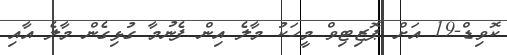
ކޮވިޑް-19 އަށް ޕޮޒިޓިވް މީހަކު މާލެ އިން ފެނުމާ ގުޅިގެން މާލެ އާއި